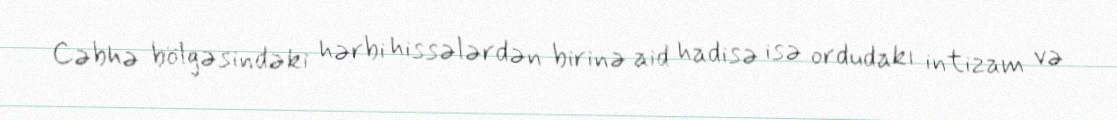
Cəbhə bölgəsindəki hərbi hissələrdən birinə aid hadisə isə ordudakı intizam və